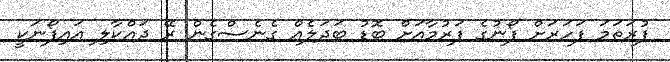
ފުރަތަމަ ފަހަރަށް ފޯނުގެ ފަރުމާއަށް ބޮޑު ބަދަލެއް ގެނެސްގެން ރޭ ދައްކާލި އައިފޯނަކީ